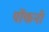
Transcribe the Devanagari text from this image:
पोंकनी